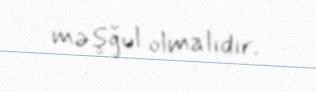
məşğul olmalıdır.